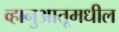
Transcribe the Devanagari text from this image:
व्हानुआतूमधील